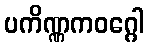
ပကိဏ္ဏကဝဂ္ဂေါ